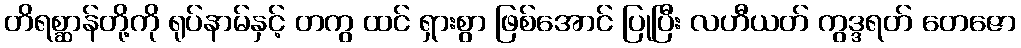
တိရစ္ဆာန်တို့ကို ရုပ်နာမ်နှင့် တကွ ထင် ရှားစွာ ဖြစ်အောင် ပြုပြီး လဟီယတ် ကွဒ္ဒရတ် တေဇော